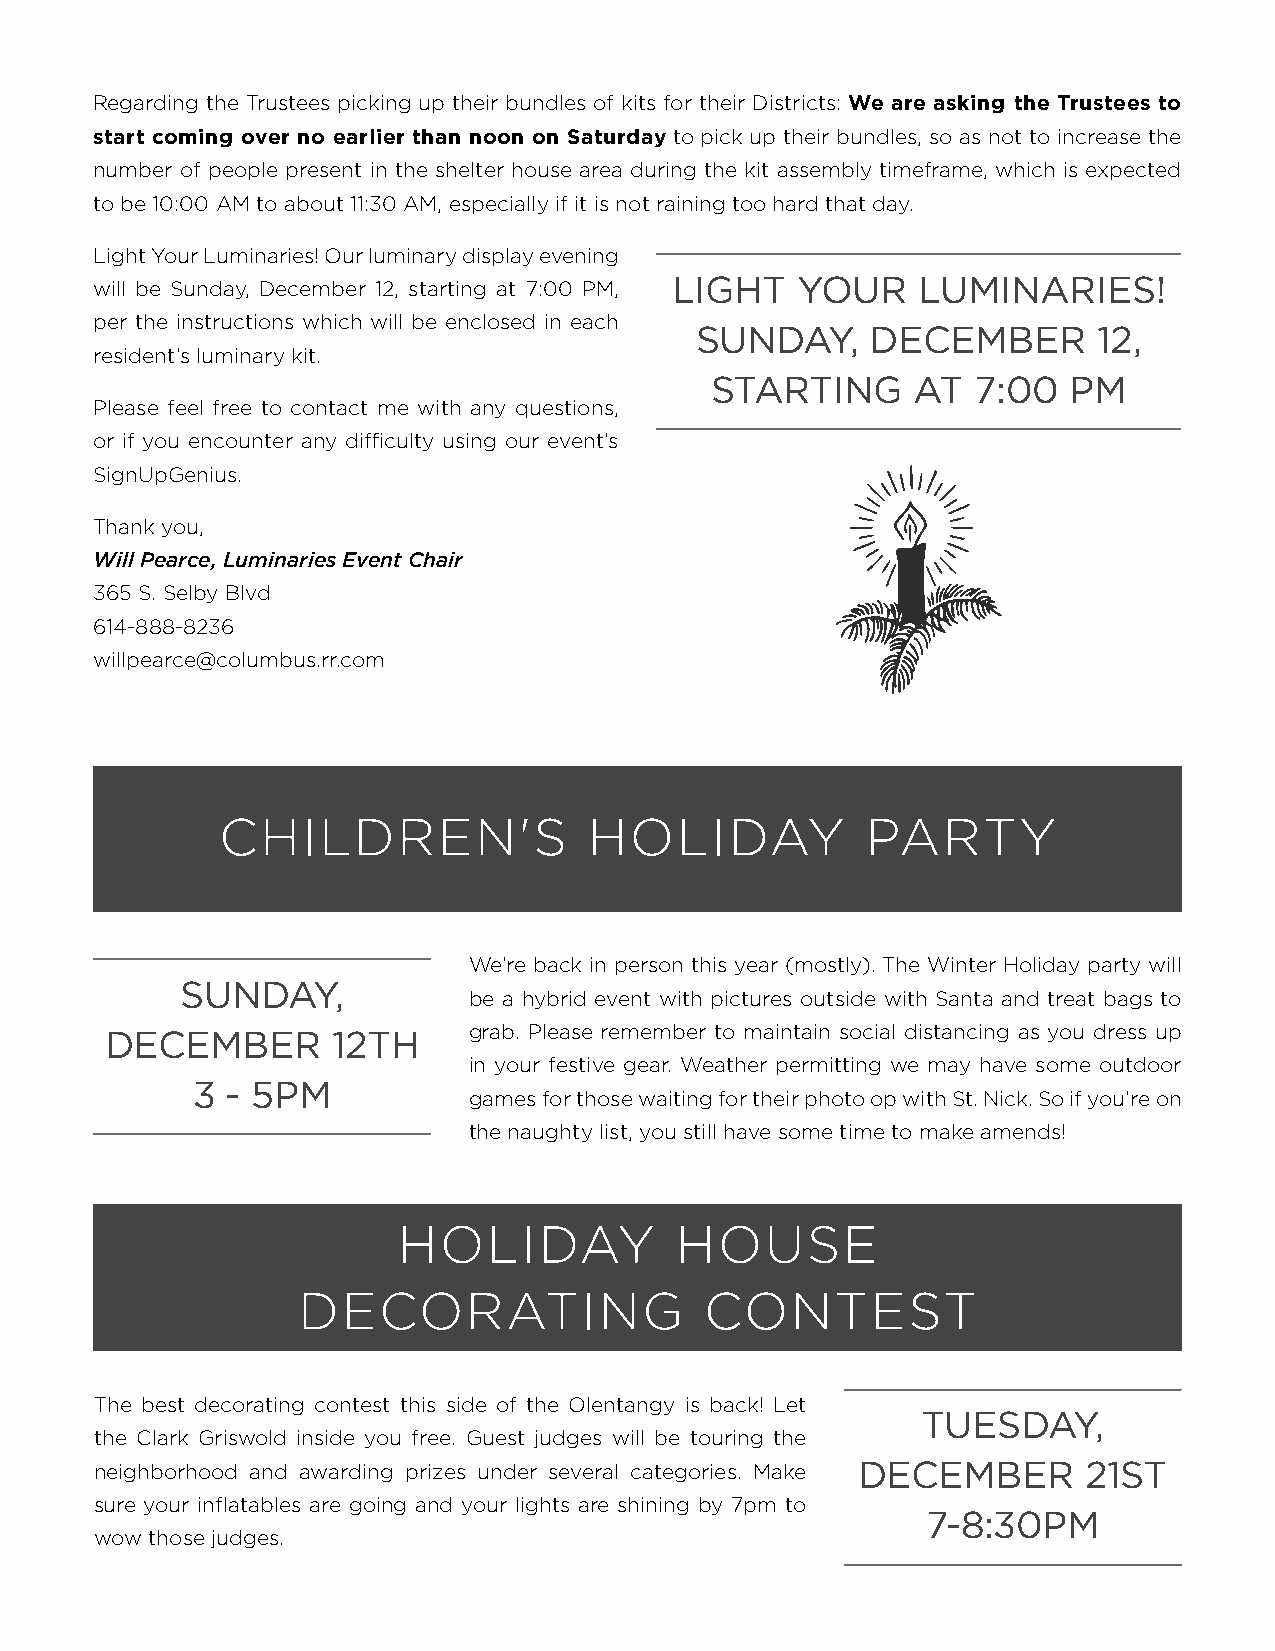
Regarding the Trustees picking up their bundles of kits for their Districts: We are asking the Trustees to
 start coming over no earlier than noon on Saturday to pick up their bundles, so as not to increase the
 number of people present in the shelter house area during the kit assembly timeframe, which is expected
 to be 10:00 AM to about 11:30 AM, especially if it is not raining too hard that day.
 Light Your Luminaries! Our luminary display evening
 will be Sunday, December 12, starting at 7:00 PM, LIGHT YOUR LUMINARIES!
 per the instructions which will be enclosed in each
 SUNDAY,     DECEMBER       12,
 resident’s luminary kit.
 STARTING      AT  7:00  PM
 Please feel free to contact me with any questions,
 or if you encounter any difficulty using our event’s
 SignUpGenius.
 Thank you,
 Will Pearce, Luminaries Event Chair
 365 S. Selby Blvd
 614-888-8236
 willpearce@columbus.rr.com
 CHILDREN'S              HOLIDAY           PARTY
 We’re back in person this year (mostly). The Winter Holiday party will
 SUNDAY,
 be a hybrid event with pictures outside with Santa and treat bags to
 grab. Please remember to maintain social distancing as you dress up
 DECEMBER       12TH
 in your festive gear. Weather permitting we may have some outdoor
 3 - 5PM
 games for those waiting for their photo op with St. Nick. So if you’re on
 the naughty list, you still have some time to make amends!
 HOLIDAY            HOUSE
 DECORATING                 CONTEST
 The best decorating contest this side of the Olentangy is back! Let
 TUESDAY,
 the Clark Griswold inside you free. Guest judges will be touring the
 neighborhood and awarding prizes under several categories. Make DECEMBER 21ST
 sure your inflatables are going and your lights are shining by 7pm to
 7-8:30PM
 wow those judges.